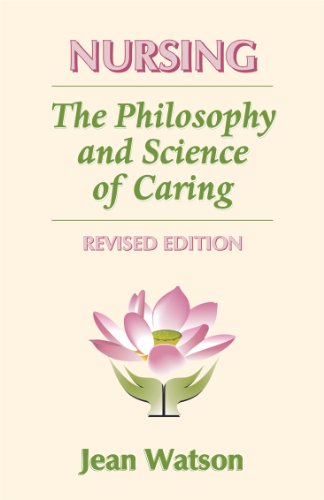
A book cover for Nursing: The Philosophy and Science of Caring, Revised Edition; Jean Watson; Medical Books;